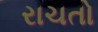
રાચતો